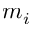
m _ { i }